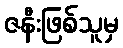
ဇနီးဖြစ်သူမှ